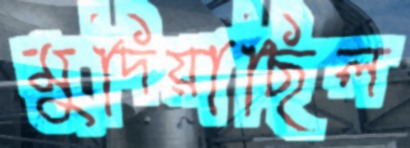
মুদিয়াছিল